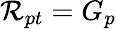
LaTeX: \mathcal{R}_{pt}=G_{p}